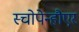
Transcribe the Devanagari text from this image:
स्चोपेन्हौएर